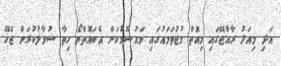
އަދި މިއަދު ރާއްޖޭގައި މިއޮތް މުޖުތަމައުގައި މައުސޫމުކަން އެބައޮތްތޯ ހިތާ ސުވާލުކުރަން ޖެހޭ